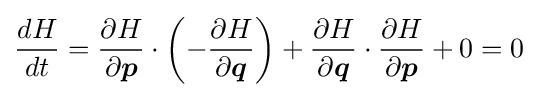
{\frac {dH}{dt}}={\frac {\partial H}{\partial {\boldsymbol {p}}}}\cdot \left(-{\frac {\partial H}{\partial {\boldsymbol {q}}}}\right)+{\frac {\partial H}{\partial {\boldsymbol {q}}}}\cdot {\frac {\partial H}{\partial {\boldsymbol {p}}}}+0=0